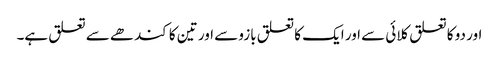
اور دو کا تعلق کلائی سے اور ایک کا تعلق بازو سے اور تین کا کندھے سے تعلق ہے۔